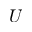
U